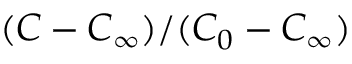
( C - C _ { \infty } ) / ( C _ { 0 } - C _ { \infty } )